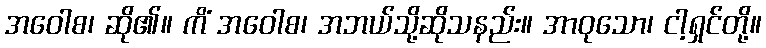
အဝေါစ၊ ဆို၏။ ကိံ အဝေါစ၊ အဘယ်သို့ဆိုသနည်း။ အာဝုသော၊ ငါ့ရှင်တို့။